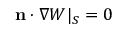
\mathbf { n } \cdot \boldsymbol { \nabla } W | _ { \cal S } = 0